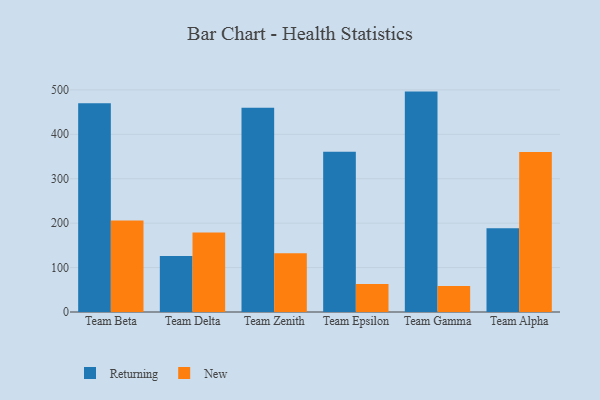
{"axis": {"x": "Team", "y": "Revenue (USD Million)"}, "legend": ["New", "Returning"], "data": [{"x": "Team Beta", "y": 469.7, "type": "Returning"}, {"x": "Team Beta", "y": 206.2, "type": "New"}, {"x": "Team Delta", "y": 126.2, "type": "Returning"}, {"x": "Team Delta", "y": 178.8, "type": "New"}, {"x": "Team Zenith", "y": 459.5, "type": "Returning"}, {"x": "Team Zenith", "y": 132.5, "type": "New"}, {"x": "Team Epsilon", "y": 360.9, "type": "Returning"}, {"x": "Team Epsilon", "y": 63.2, "type": "New"}, {"x": "Team Gamma", "y": 496.1, "type": "Returning"}, {"x": "Team Gamma", "y": 58.8, "type": "New"}, {"x": "Team Alpha", "y": 188.6, "type": "Returning"}, {"x": "Team Alpha", "y": 360.4, "type": "New"}]}